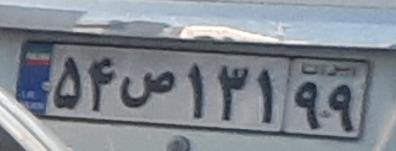
۵۴ص۱۳۱۹۹